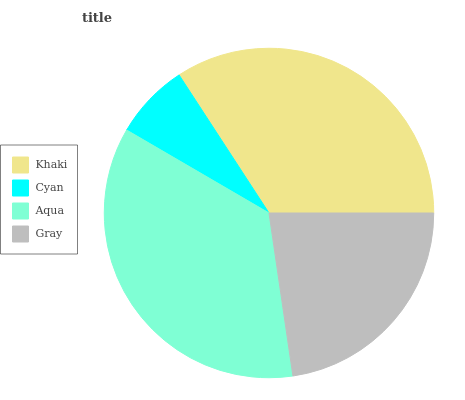
| Khaki | Cyan | Aqua | Gray |
 | --- | --- | --- | --- |
 | 34.2% | 7.41% | 35.6% | 22.7% |